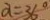
\alpha = 3 6 ^ { \circ }